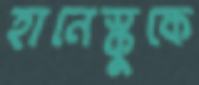
হানেস্কুকে